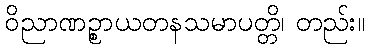
ဝိညာဏဉ္စာယတနသမာပတ္တိ၊ တည်း။